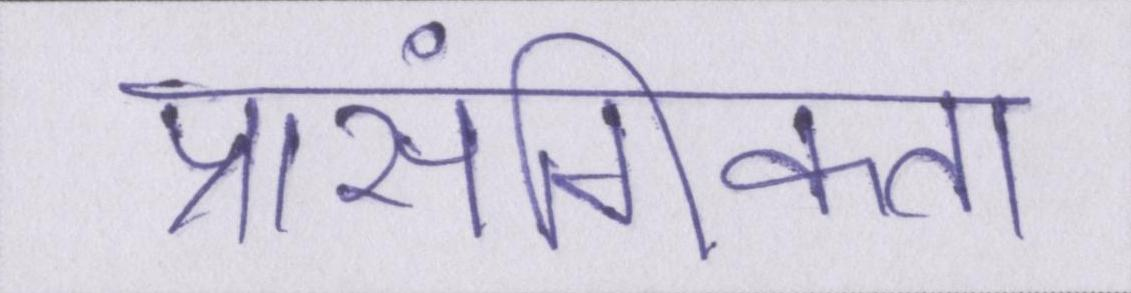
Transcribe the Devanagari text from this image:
प्रासंगिकता